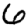
Digit: 6